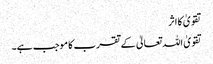
تقویٰ کا اثر
تقویٰ اللہ تعالیٰ کے تقرب کا موجب ہے۔